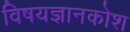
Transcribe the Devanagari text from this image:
विषयज्ञानकोश